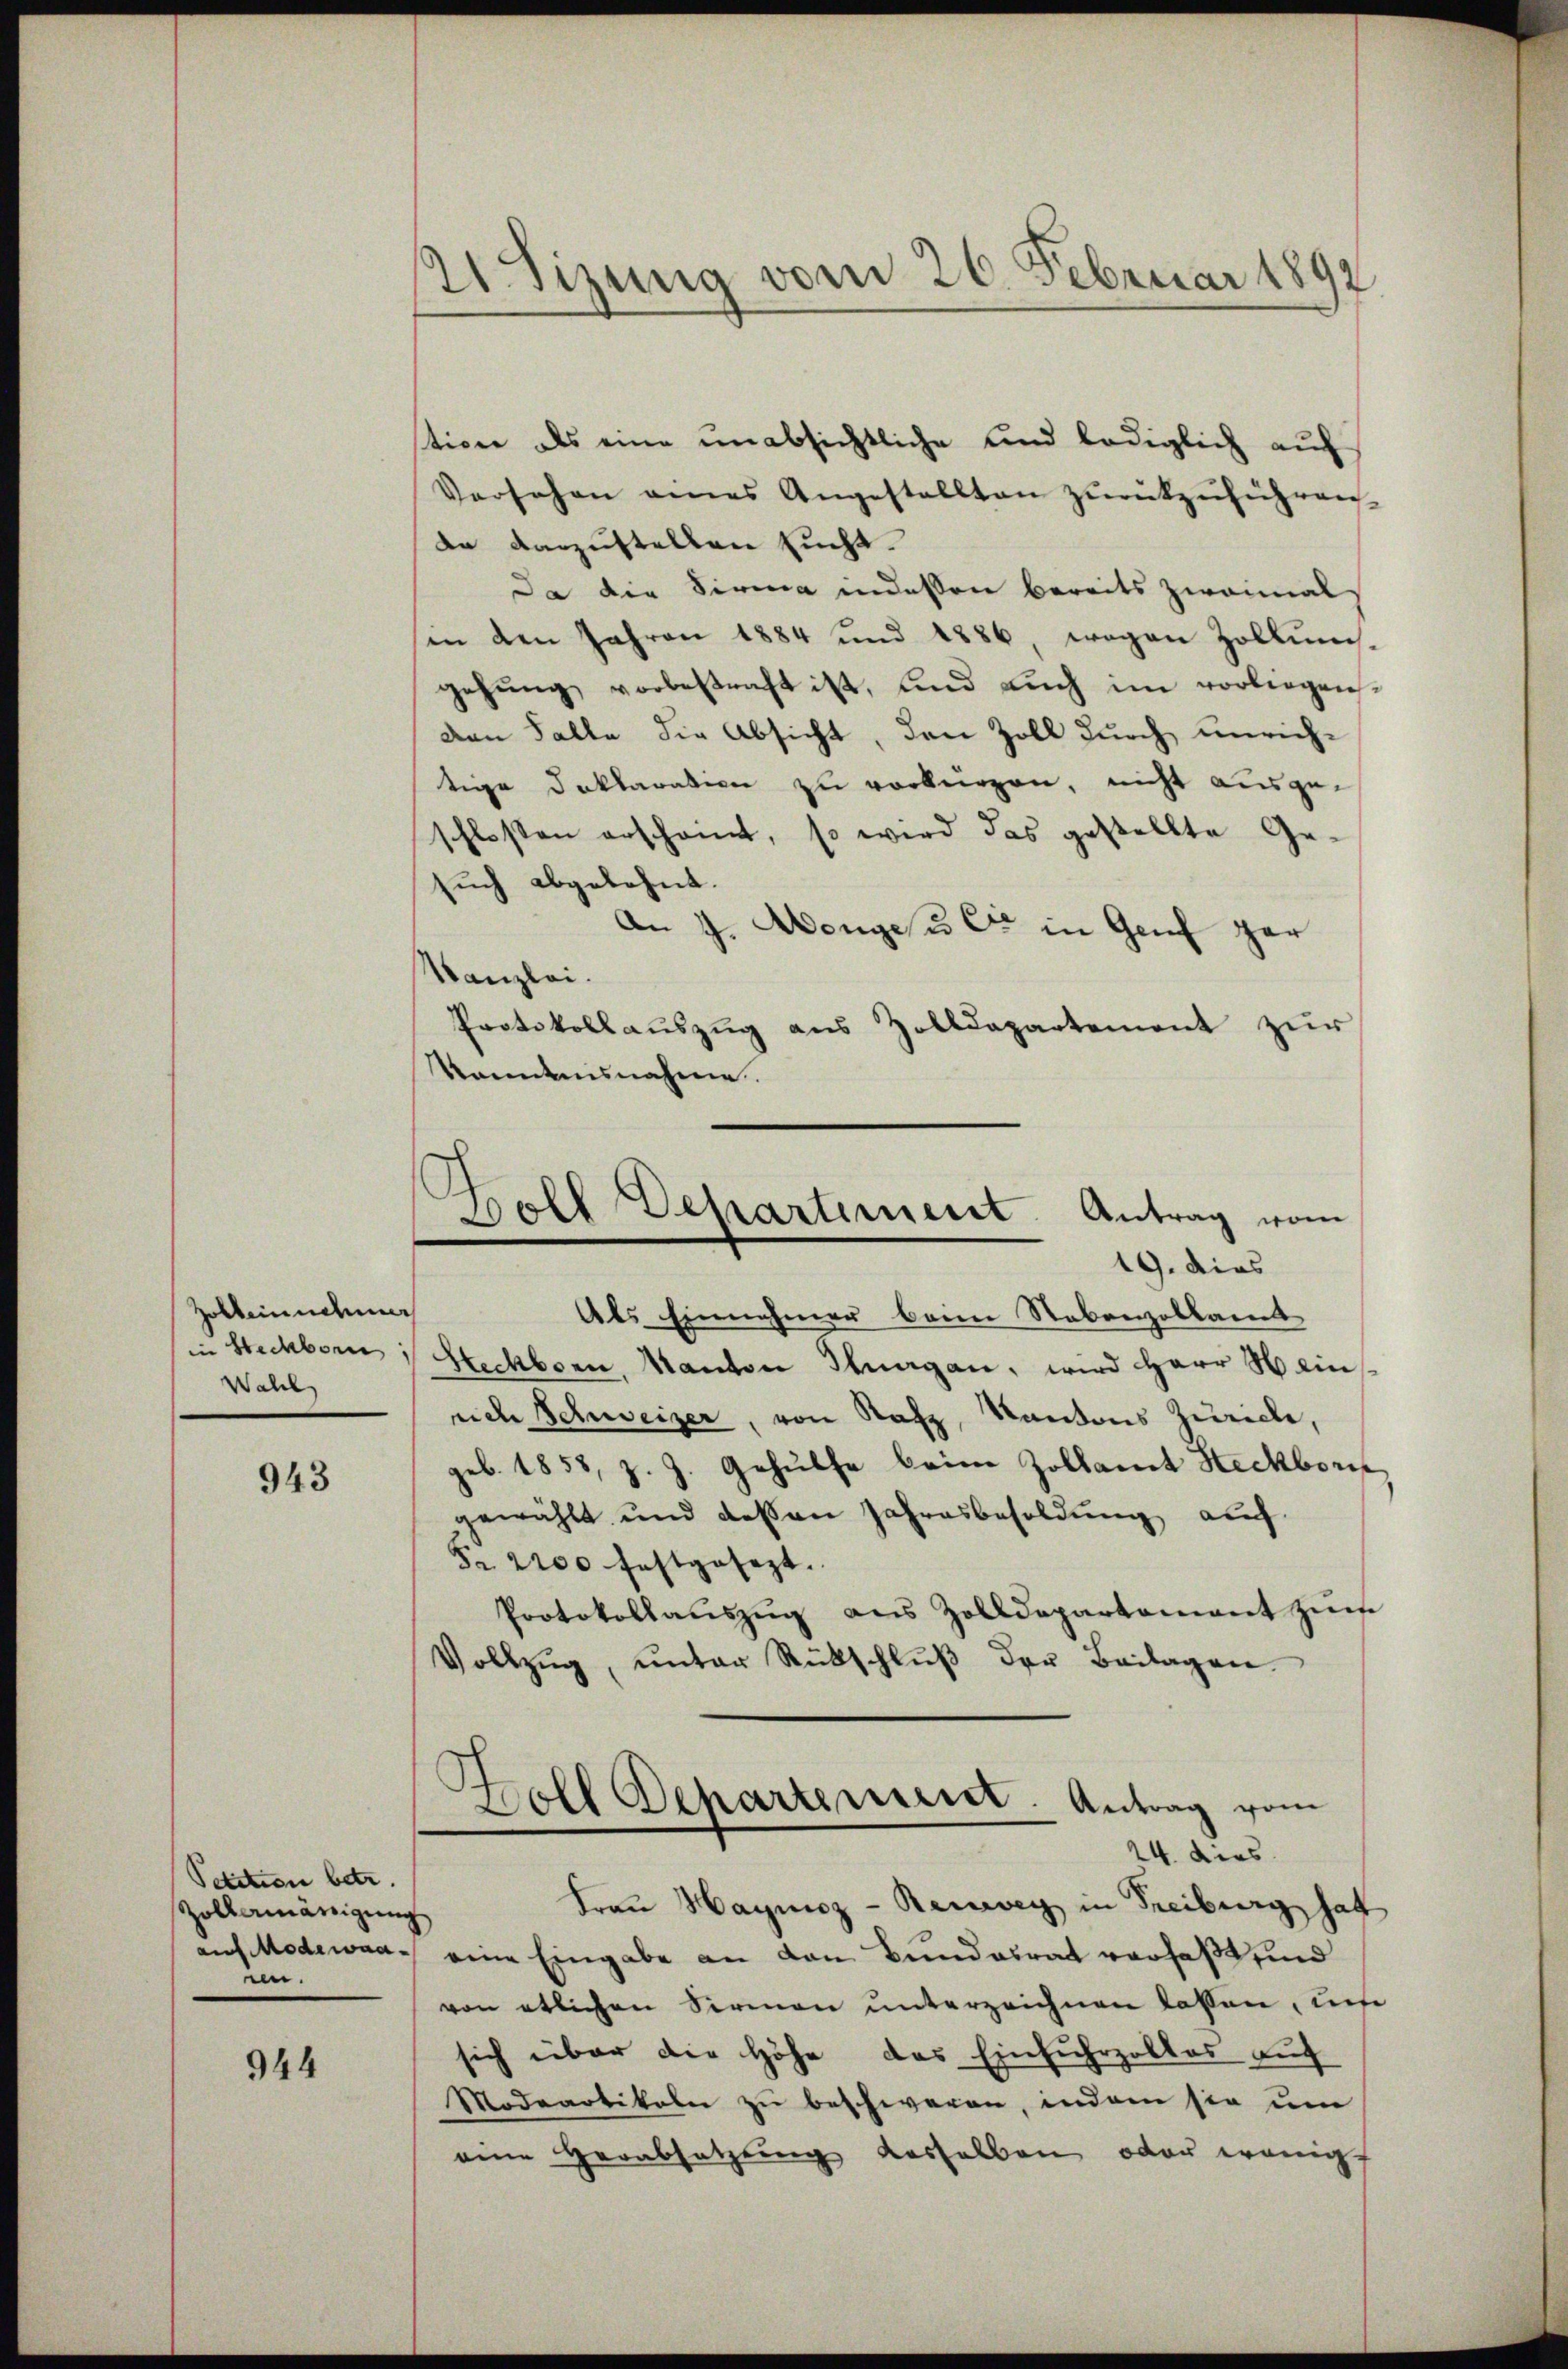
Zolbeinnehmer
in Steckborn
Wahl

943

Petition betr.
Zollamänigung
auf Modewaaven

944

2 Sizung vom 26. Februar 1892

tiven als eine unabsichtliche und lediglich auf
Versehen eines Angestellten zŭrückzŭführen
de darzustellen sucht.
Da die Firma indessen bereits zweimal
in den Jahren 1884 und 1886, wegen Zollumis-
gehŭng vorbestraft ist, und auch im vorliegenden Falle die Absicht, den Zoll durch unrichtige Deklaration zu verbürgen, nicht ausgeschlossen erschant, so wird das gestellte Ge-
such abgelehnt.
An J. Wenge u. Cie in Geich gar
Kanzlei.
Protokollauszug aus Zolldepartement zur
kanntnisnahme.

Boll Dekartement. Antrag vom
19. dies
Als Einnahmen beim Stabenzollamt

Steckborn, Kanton Stuagan, wird Herr Sein
nch Schweizer, von Rafz, Kantons Zürich,
geb. 1858, z. Z. Gehülfe beim Zollamt Heckborn
gewählt und dessen Jahresbesoldung auf
Fr. 2200 festgesezt.
Protokollaŭszŭg aŭs Zolldepartament zŭm
Vollzŭg, ŭnter Rückschlŭβ der Beilagen

Holl Departement. Antrag vom
24. dies
Frau Haynoz-Renweg in Freiburg hat

eine Eingabe an den Bundesrat verfaßt, ind
von etlichen Sirmen unterzeichnen lassen, uns
sich über die Höhe das Einfuhrzolles auf
Modeartikeln zu beschweren, indem sie um
eine Herabsetzung desselben oder wenig